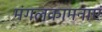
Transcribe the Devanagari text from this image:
मंगलकामनाएं